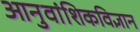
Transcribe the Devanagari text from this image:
आनुवांशिकविज्ञान